Indian journal of veterinary science and animal husbandry - Volumes 24-25, 1954-1955
Year: 1954
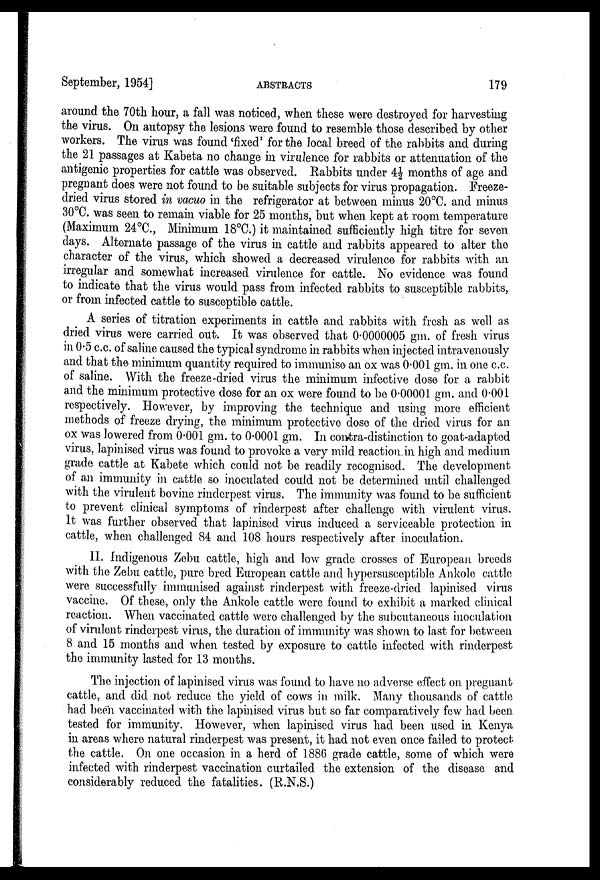
September, 1954]
ABSTRACTS
179
around the 70th hour, a fall was noticed, when these were destroyed for harvesting
the virus. On autopsy the lesions were found to resemble those described by other
workers. The virus was found 'fixed' for the local breed of the rabbits and during
the 21 passages at Kabeta no change in virulence for rabbits or attenuation of the
antigenic properties for cattle was observed. Rabbits under 4½ months of age and
pregnant does were not found to be suitable subjects for virus propagation. Freeze-
dried virus stored in vacuo in the refrigerator at between minus 20°C. and minus
30°C. was seen to remain viable for 25 months, but when kept at room temperature
(Maximum 24°C, Minimum 18°C.) it maintained sufficiently high titre for seven
clays. Alternate passage of the virus in cattle and rabbits appeared to alter the
character of the virus, which showed a decreased virulence for rabbits with an
irregular and somewhat increased virulence for cattle. No evidence was found
to indicate that the virus would pass from infected rabbits to susceptible rabbits,
or from infected cattle to susceptible cattle.
A series of titration experiments in cattle and rabbits with fresh as well as
dried virus were carried out; It was observed that 0.0000005 gm. of fresh virus
in 0.5 c.c. of saline caused the typical syndrome in rabbits when injected intravenously
and that the minimum quantity required to immunise an ox was 0.001 gm. in one c.c.
of saline. With the freeze-dried virus the minimum infective dose for a rabbit
and the minimum protective dose for an ox were found to be 0.00001 gm. and 0.001
respectively. However, by improving the technique and using more efficient
methods of freeze drying, the minimum protective dose of the dried virus for an
ox was lowered from 0.001 gm. to 0.0001 gm. In contra-distinction to goat-adapted
virus, lapinised virus was found to provoke a very mild reaction, in high and medium
grade cattle at Kabete which could not be readily recognised. The development
of an immunity in cattle so inoculated could not be determined until challenged
with the virulent bovine rinderpest virus. The immunity was found to be sufficient
to prevent clinical symptoms of rinderpest after challenge with virulent virus.
It was further observed that lapinised virus induced a serviceable protection in
cattle, when challenged 84 and 108 hours respectively after inoculation.
II. Indigenous Zebu cattle, high and low grade crosses of European breeds
with the Zebu cattle, pure bred European cattle and hypersusceptible Ankole cattle
were successfully immunised against rinderpest with freeze-dried lapinised virus
vaccine. Of these, only the Ankole cattle were found to exhibit a marked clinical
reaction. When vaccinated cattle were challenged by the subcutaneous inoculation
of virulent rinderpest virus, the duration of immunity was shown to last for between
8 and 15 months and when tested by exposure to cattle infected with rinderpest
the immunity lasted for 13 months.
The injection of lapinised virus was found to have no adverse effect on pregnant
cattle, and did not reduce the yield of cows in milk. Many thousands of cattle
had been vaccinated with the lapinised virus but so far comparatively few had been
tested for immunity. However, when lapinised virus had been used in Kenya
in areas where natural rinderpest was present, it had not even once failed to protect
the cattle. On one occasion in a herd of 1886 grade cattle, some of which were
infected with rinderpest vaccination curtailed the extension of the disease and
considerably reduced the fatalities. (R.N.S.)